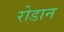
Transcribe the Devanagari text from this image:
रोडान